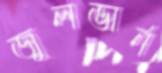
জুলভার্ন